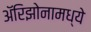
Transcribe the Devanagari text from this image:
अॅरिझोनामध्ये